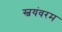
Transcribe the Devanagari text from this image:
स्वयंवरम